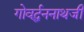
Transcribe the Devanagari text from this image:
गोवर्द्धननाथजी